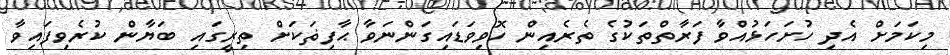
މިކަމަށް އެދި ހުށަހަޅުއްވާ ފަރާތްތަކުގެ ތެރެއިން ހޮވިވަޑައިގަންނަވާ ޙާފިޡަކަށް ތިރީގައި ބަޔާން ކުރެވިފައިވާ